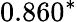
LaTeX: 0.860^{*}